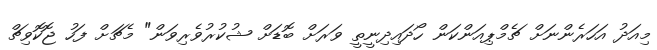
މިއަދު އަހަރެންނަށް ޗެމްޕިއަންކަން ހޯދައިދިނީތީ ވަރަށް ބޮޑަށް ޝުކުރުވެރިވަން" މެޗަށް ފަހު ޖޮކޮވިޗް